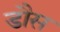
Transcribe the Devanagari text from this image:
डौस